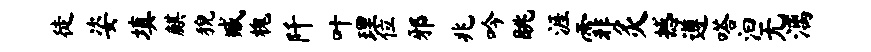
徒姿填麒猊臧槐阡叶理位邪兆吟眺涯霏灸撼遵嗒汩无漓